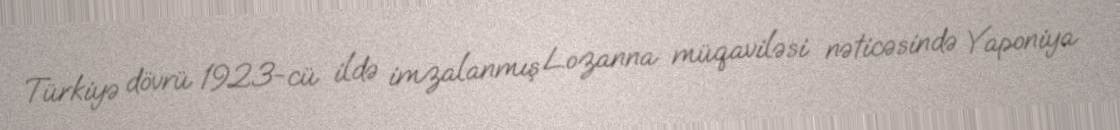
Türkiyə dövrü 1923-cü ildə imzalanmış Lozanna müqaviləsi nəticəsində Yaponiya